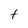
Character: t